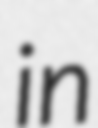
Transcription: in